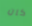
كان